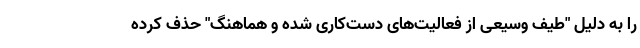
را به دلیل "طیف وسیعی از فعالیت‌های دست‌کاری شده و هماهنگ" حذف کرده